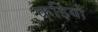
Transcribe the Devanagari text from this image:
कड़ियो